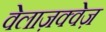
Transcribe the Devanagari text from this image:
वेलाज़क्वेज़